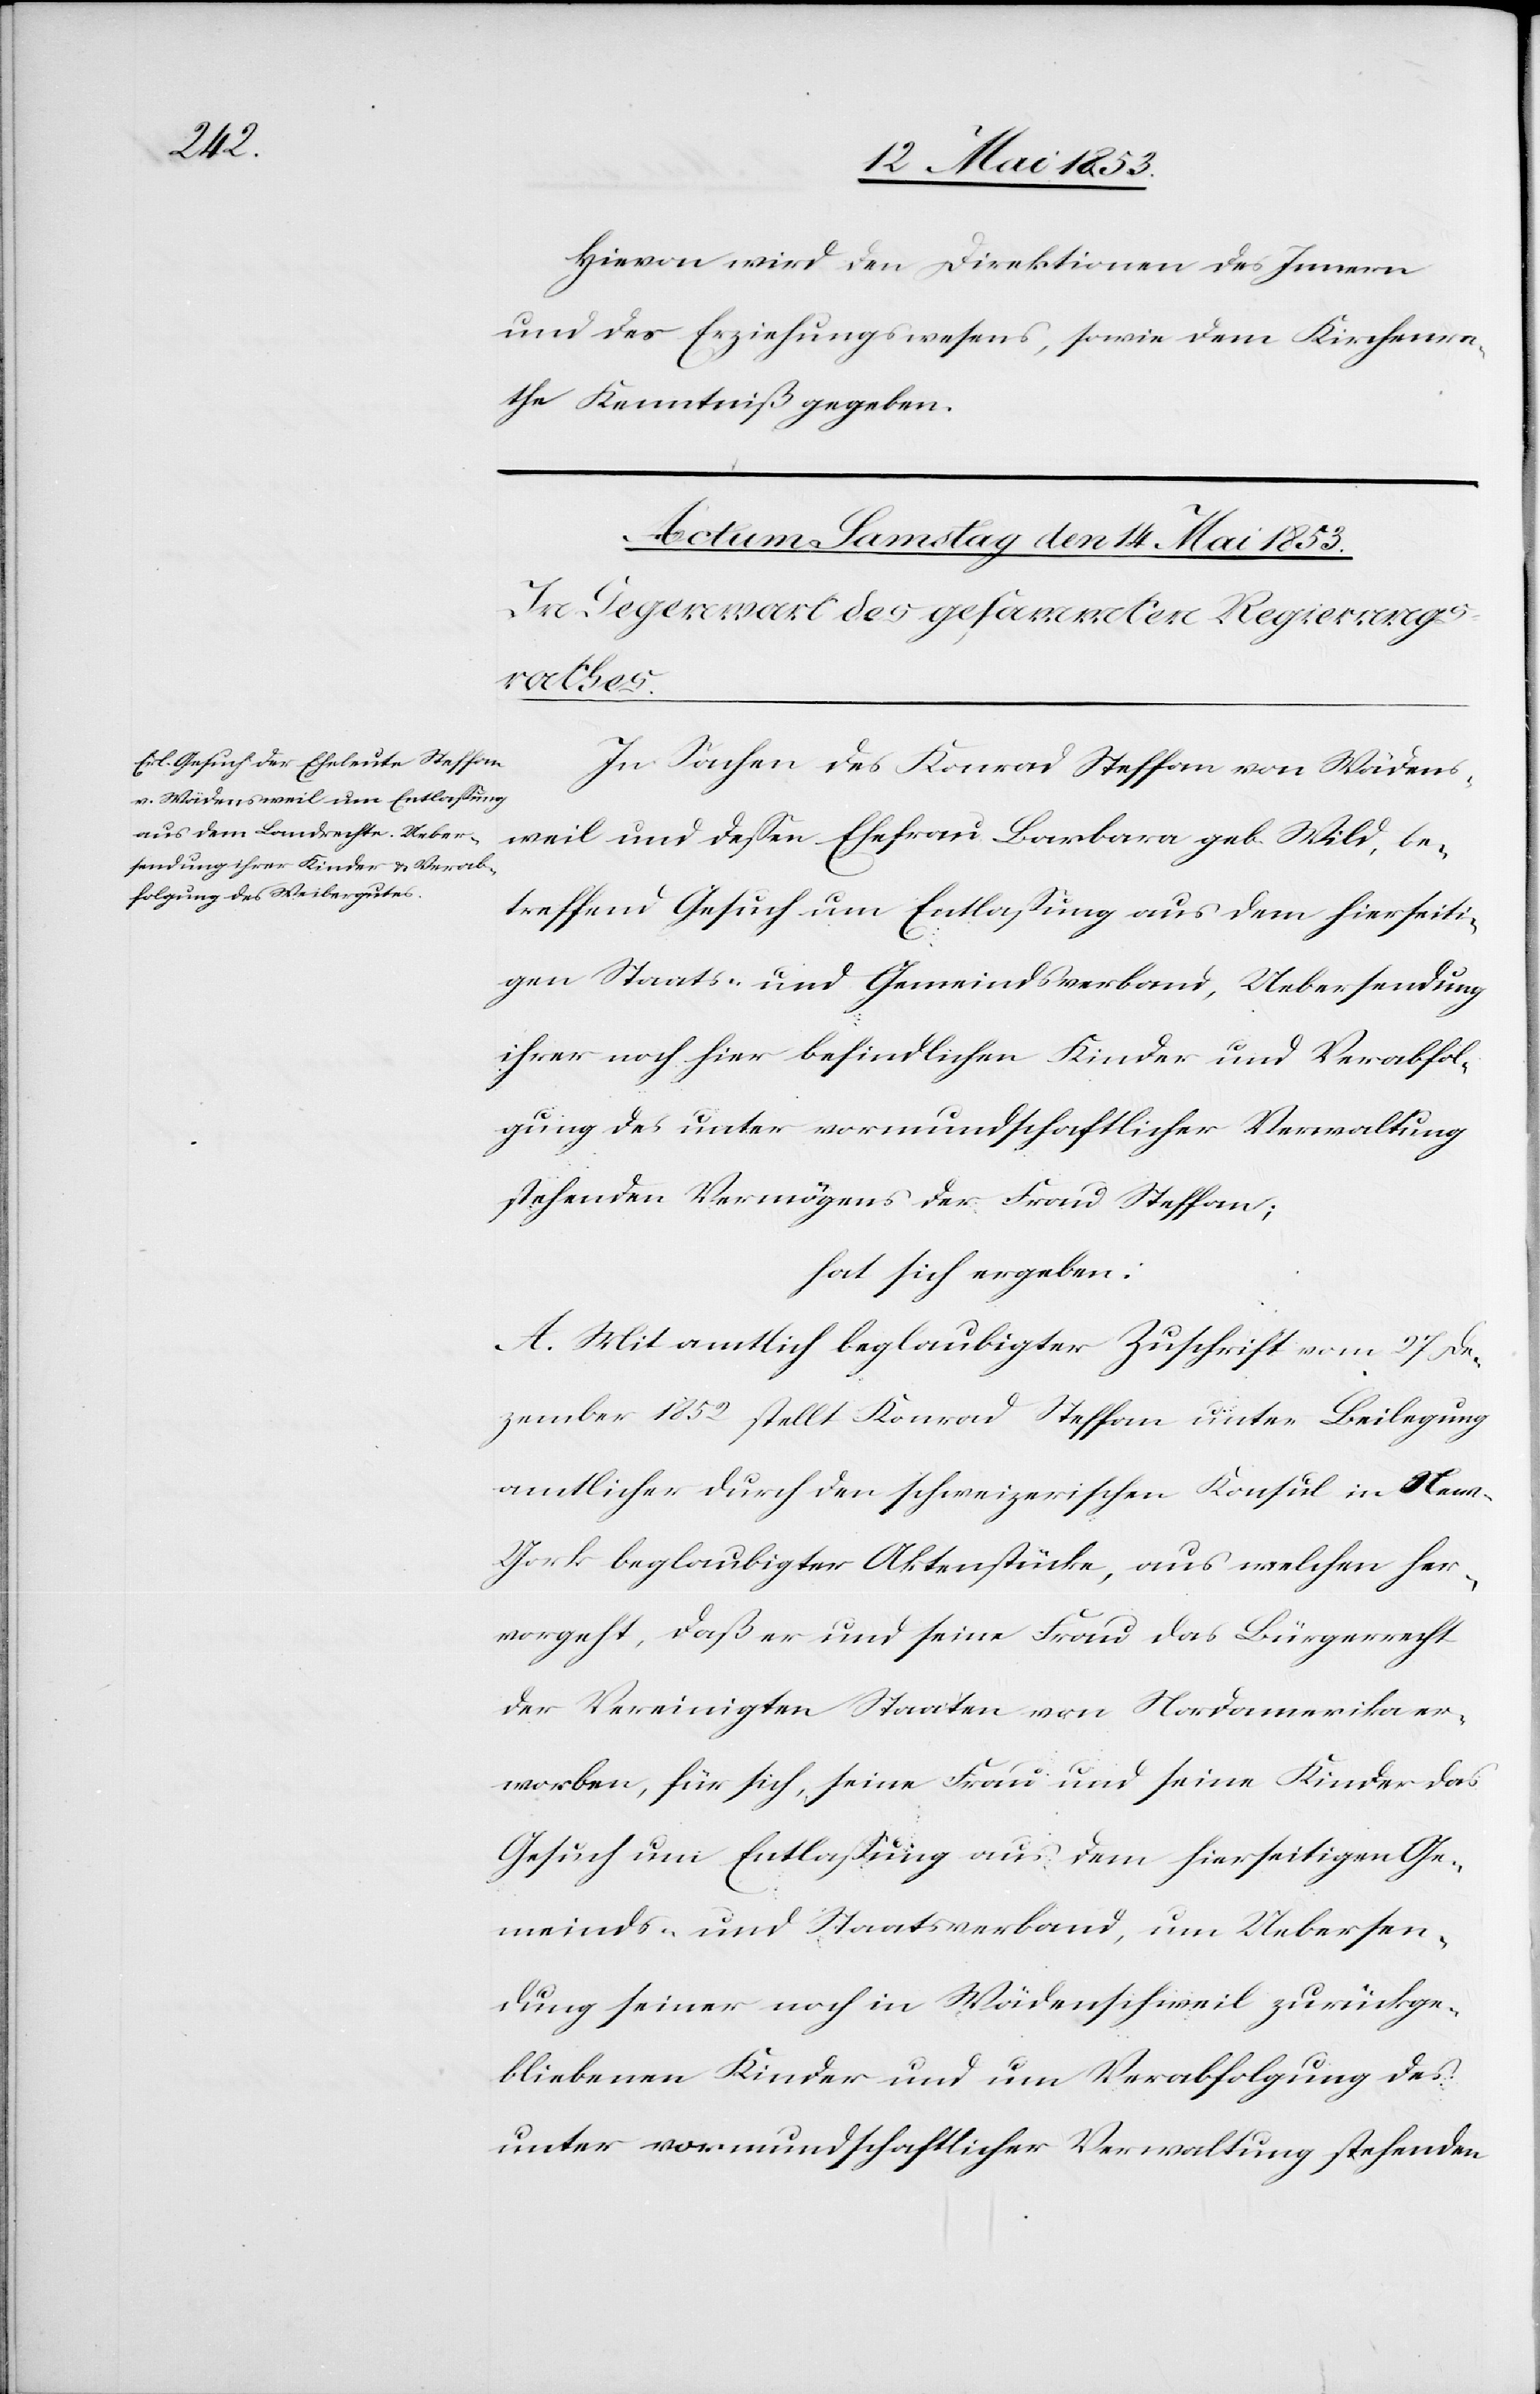
Hievon wird den Direktionen des Innern
und des Erziehungswesens, sowie dem Kirchenra¬
the Kenntniß gegeben.
In Sachen des Konrad Steffen von Wädensch¬
weil und deßen Ehefrau Barbara geb. Wild, be¬
treffend Gesuch um Entlaßung aus dem hierseiti¬
gen Staats- und Gemeindsverband, Uebersendung
ihrer nach hier befindlichen Kinder und Verabfol¬
gung des unter vormundschaftlicher Verwaltung
stehenden Vermögens der Frau Steffan;
hat sich ergeben:
A. Mit amtlich beglaubigter Zuschrift vom 27 De¬
zember 1852 stellt Konrad Steffen unter Beilegung
amtlicher durch den schweizerischen Konsul in Ne¬
w-York beglaubigter Aktenstücke, aus welchen her¬
vorgeht, daß er und seine Frau das Bürgerrecht
der Vereinigten Staaten von Nordamerika er¬
worben, für sich, seine Frau und seine Kinder das
Gesuch um Entlaßung aus dem hierseitigen Ge¬
meinds- und Staatsverband, um Uebersen¬
dung seiner noch in Wädenschweil zurückge¬
bliebenen Kinder und um Verabfolgung des
unter vormundschaftlicher Verwaltung stehenden